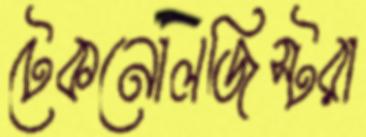
টেকনোলজিস্টরা